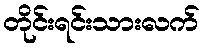
တိုင်းရင်းသားလက်